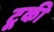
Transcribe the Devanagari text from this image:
टूकी